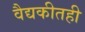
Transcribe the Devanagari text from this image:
वैद्यकीतही